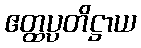
ဧတ္ထပ္ပတိဋ္ဌာယ